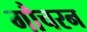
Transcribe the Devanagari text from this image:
गौचरन